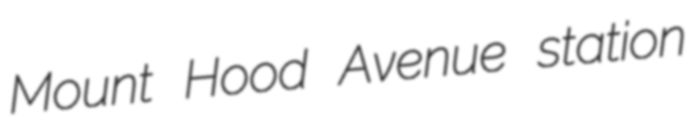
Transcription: Mount Hood Avenue station